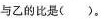
与乙的比是（）。